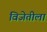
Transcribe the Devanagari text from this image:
विजेतीला